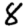
Digit: 8